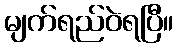
မျက်ရည်ဝဲရပြီ။